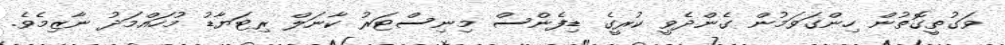
ވަގުތީގޮތުން ހިންގަވަމުން ގެންދެވީ ކުރީގެ ޑިފެންސް މިނިސްޓަރު ކާނަލް ރިޓަޔާޑު މުހައްމަދު ނާޒިމެވެ.